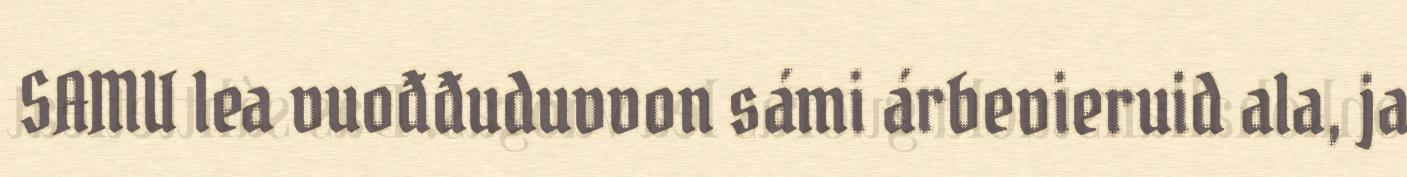
SAMU lea vuođđuduvvon sámi árbevieruid ala, ja